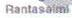
Rantasalmi